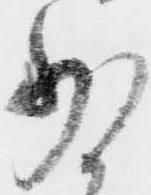
少